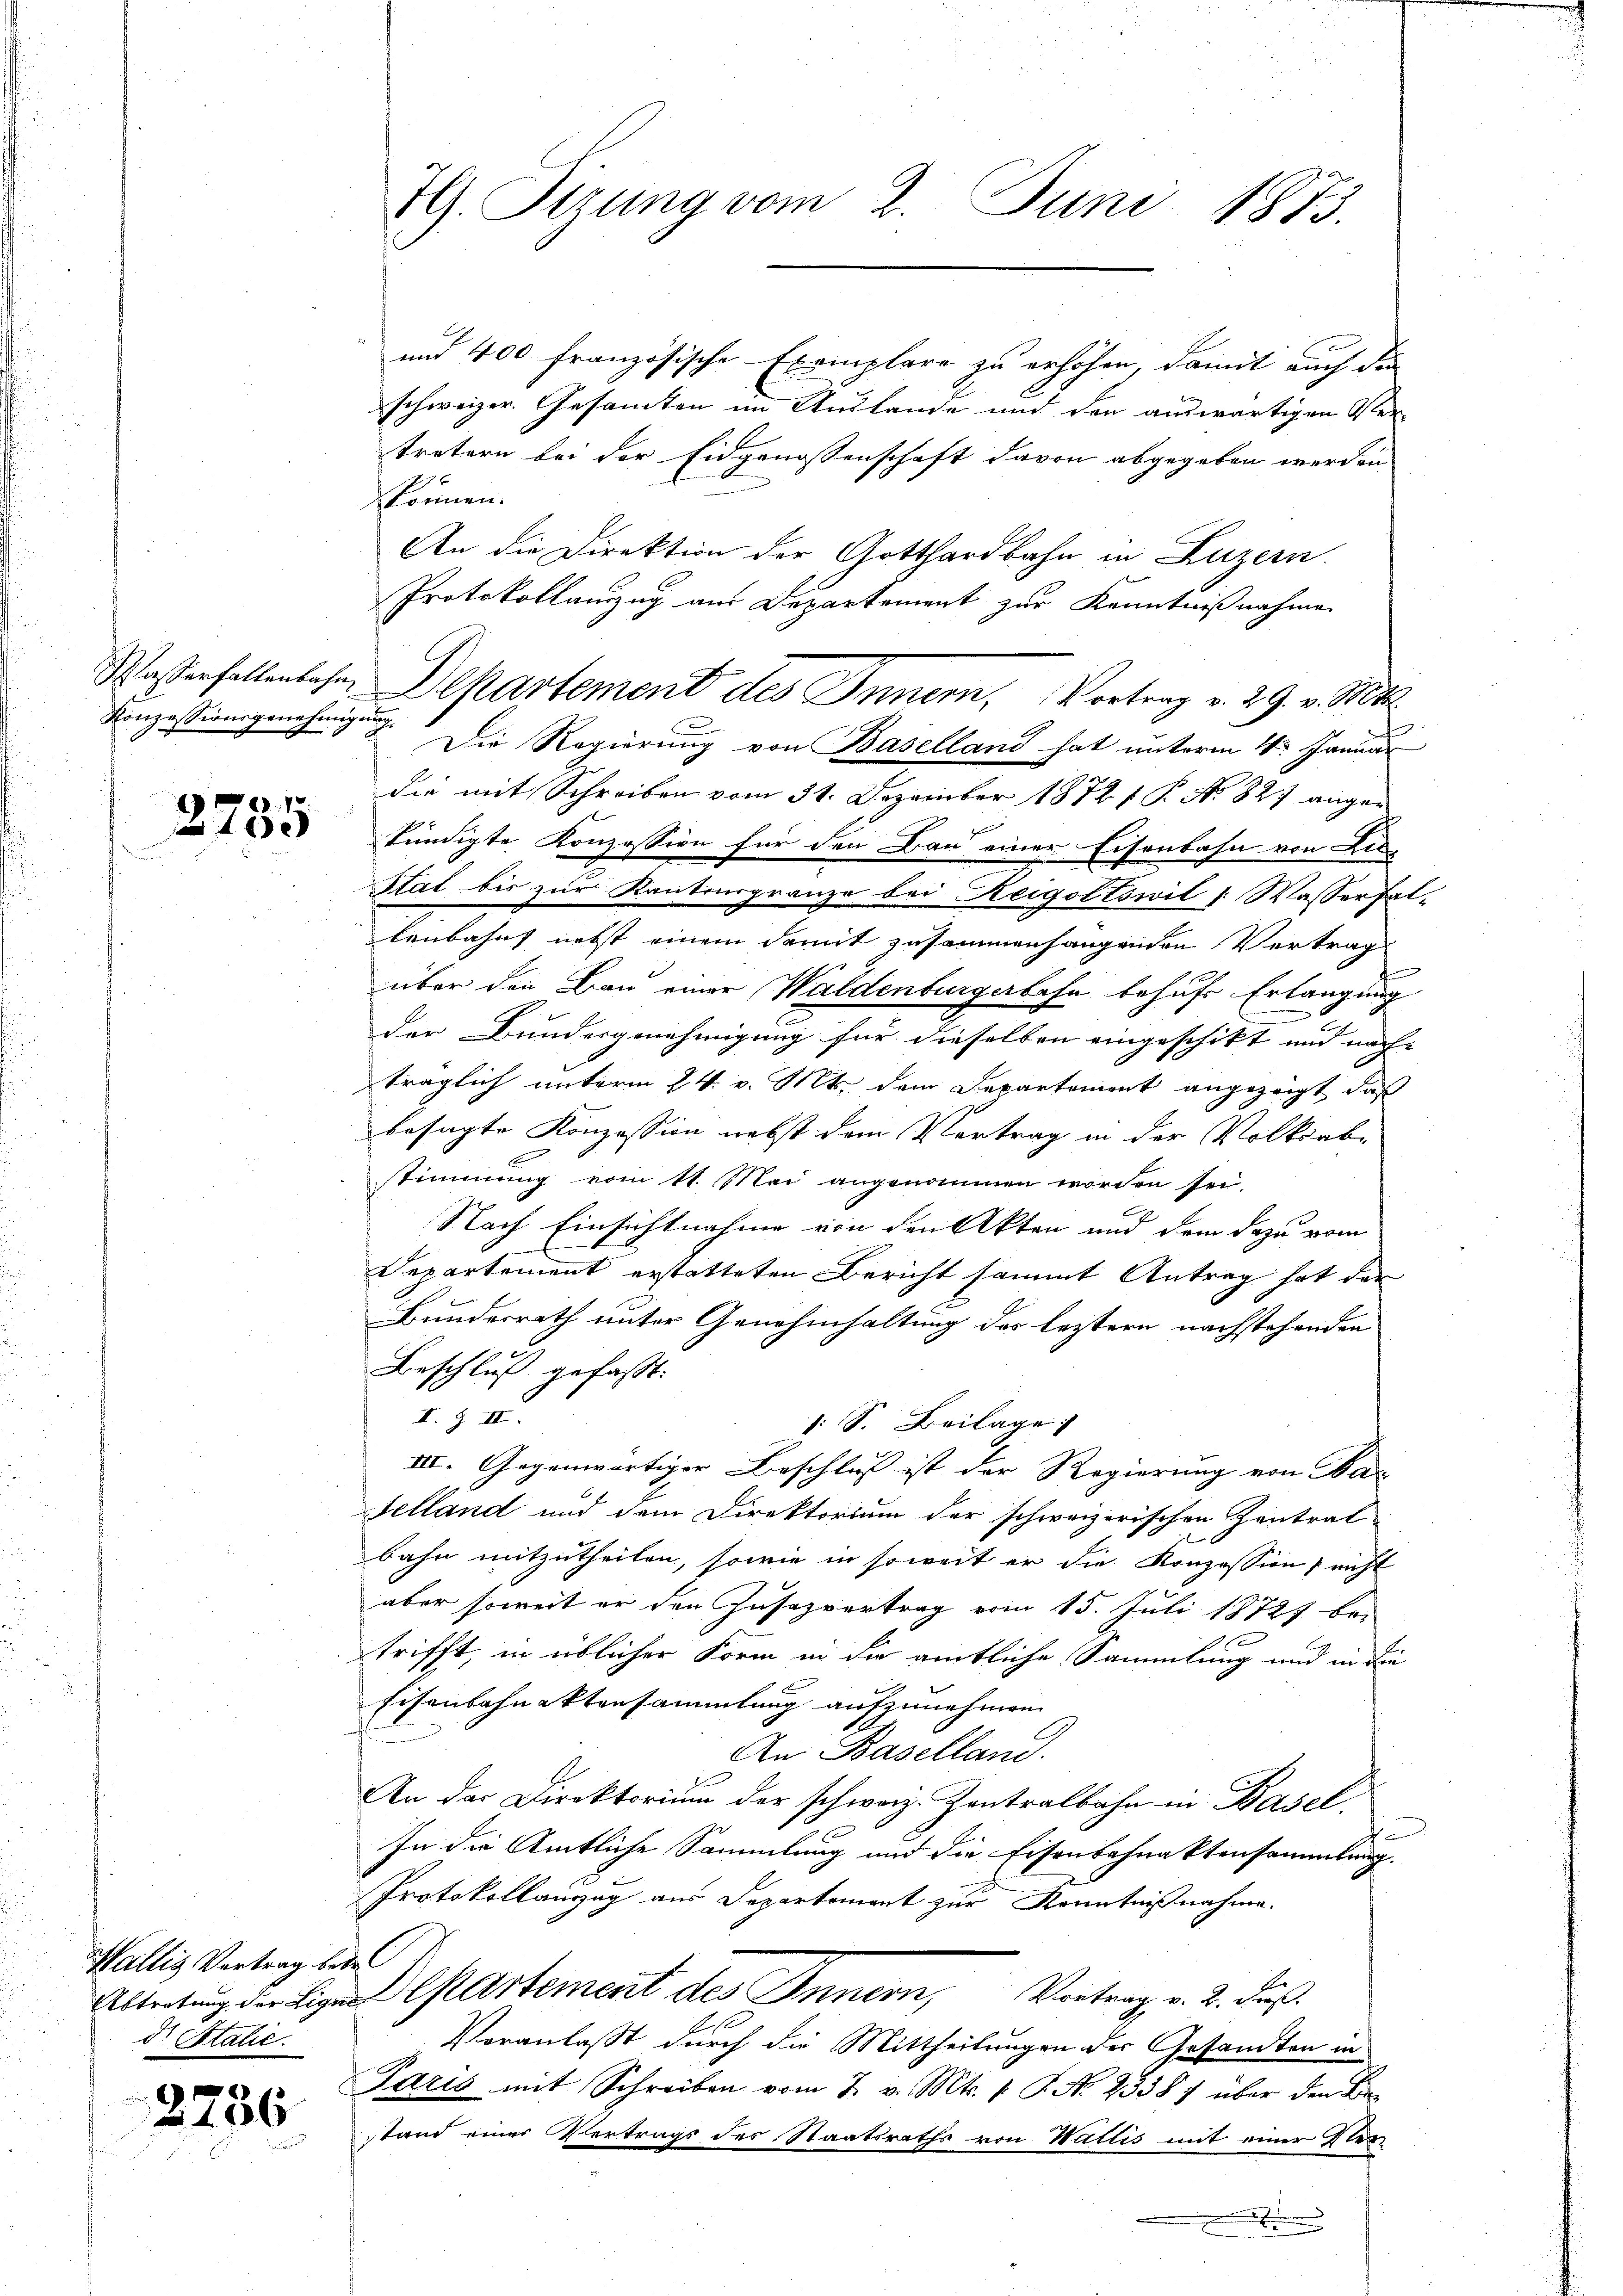
Konzessionsgenehmigung

2735

Wallis Vortrag betr
dr. Stalie

2736

und 400 französische Exemplare zu erhöhen, damit auch die
schweizer. Gesamten im Auslande und den auswärtigen Ver
tretern bei der Eidgenossenschaft davon abgegeben werden
können.
An die Direktion der Gotthardbahn in Luzern.
Protokollanzug aus Departement zur Kenntnißnahme
Die Regierung von Baselland hat unterm 4ten Januar
die mit Schreiben vom 31. Dezember 1872 P. No 827 angekündigte Konzession für den Bau einer Eisenbahn von Lie
Stat bis zur Kantonsgränze bei Reigoltswil v. Wasserfallenbahnt nebst einem damit zusammenhangenden Vertrag
über den Bau einer Waldenburgerbahn behufs Erlangung
der Bundergenehmigung für dieselben eingeschikt und nach-
träglich unterm 24. v. Mts. dem Departement angezeigt, daß
besagte Konzession nebst dem Vertrag in der Volksabstimmung vom 11. Mai angenommen worden sei.
n
Nach Einsichtnahme von den Akten und dem dazu vom
Departement erstatteten Bericht sammt Antrag hat der
Bundesrath unter Genehmhaltung des leztern nachstehenden
Beschluß gefaßt:
I. Z III.
1 S. Beilage
III. Gegenwärtiger Beschluß ist der Regierung von Nac
Felland und dem Direktorium der schweizerischen Zentrat
bahn mitzutheilen, sowie in soweit er die Konzession nicht
aber soweit er den Zusazvertrag vom 15. Juli 18727 bei
trifft, in üblicher Form in der amtliche Sammlung und in die
Eisenbahnaktensammlung aufzunehmen.
An Baselland.
An der Direktorium der schweiz. Zentralbahn in Basel.
In die Amtliche Sammlung und die Eisenbahnaktensammlung.
Protokollanzug aus Departement zur Kenntnißnahme.
Altertung der Eigen Departement des Innern, Vortrag v. 2. dieß
Veranlasst durch die Mittheilungen der Gesandten in
Paris mit Schreiben vom 2. v. Mts. 1. P. No. 2338) über den Bestand einer Vertrags des Staatsraths von Wattis mit einer Ster
.

H. Sitzung vom 2. Juni 1873.

Waserfallenlese, Departement des Innern, Vortrag v. 29. v. Mts.